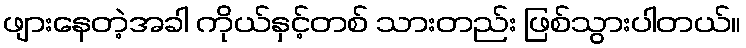
ဖျားနေတဲ့အခါ ကိုယ်နှင့်တစ် သားတည်း ဖြစ်သွားပါတယ်။